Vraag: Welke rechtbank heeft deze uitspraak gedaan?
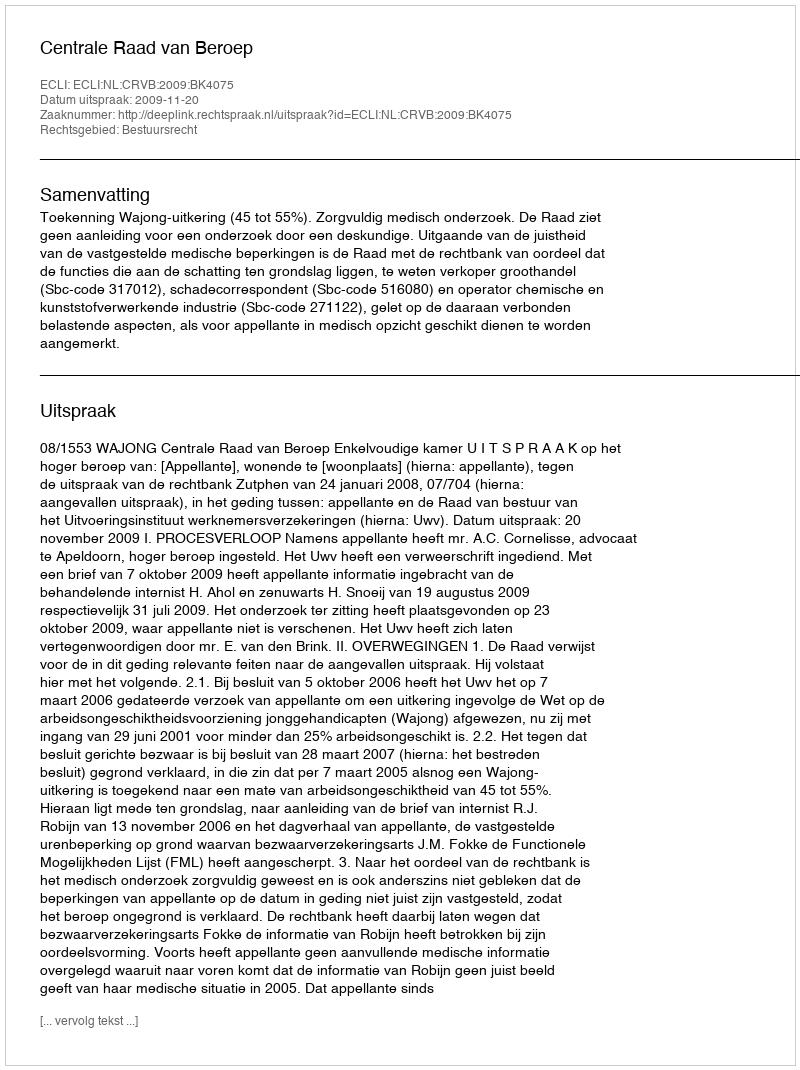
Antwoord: Centrale Raad van Beroep